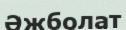
Әжболат